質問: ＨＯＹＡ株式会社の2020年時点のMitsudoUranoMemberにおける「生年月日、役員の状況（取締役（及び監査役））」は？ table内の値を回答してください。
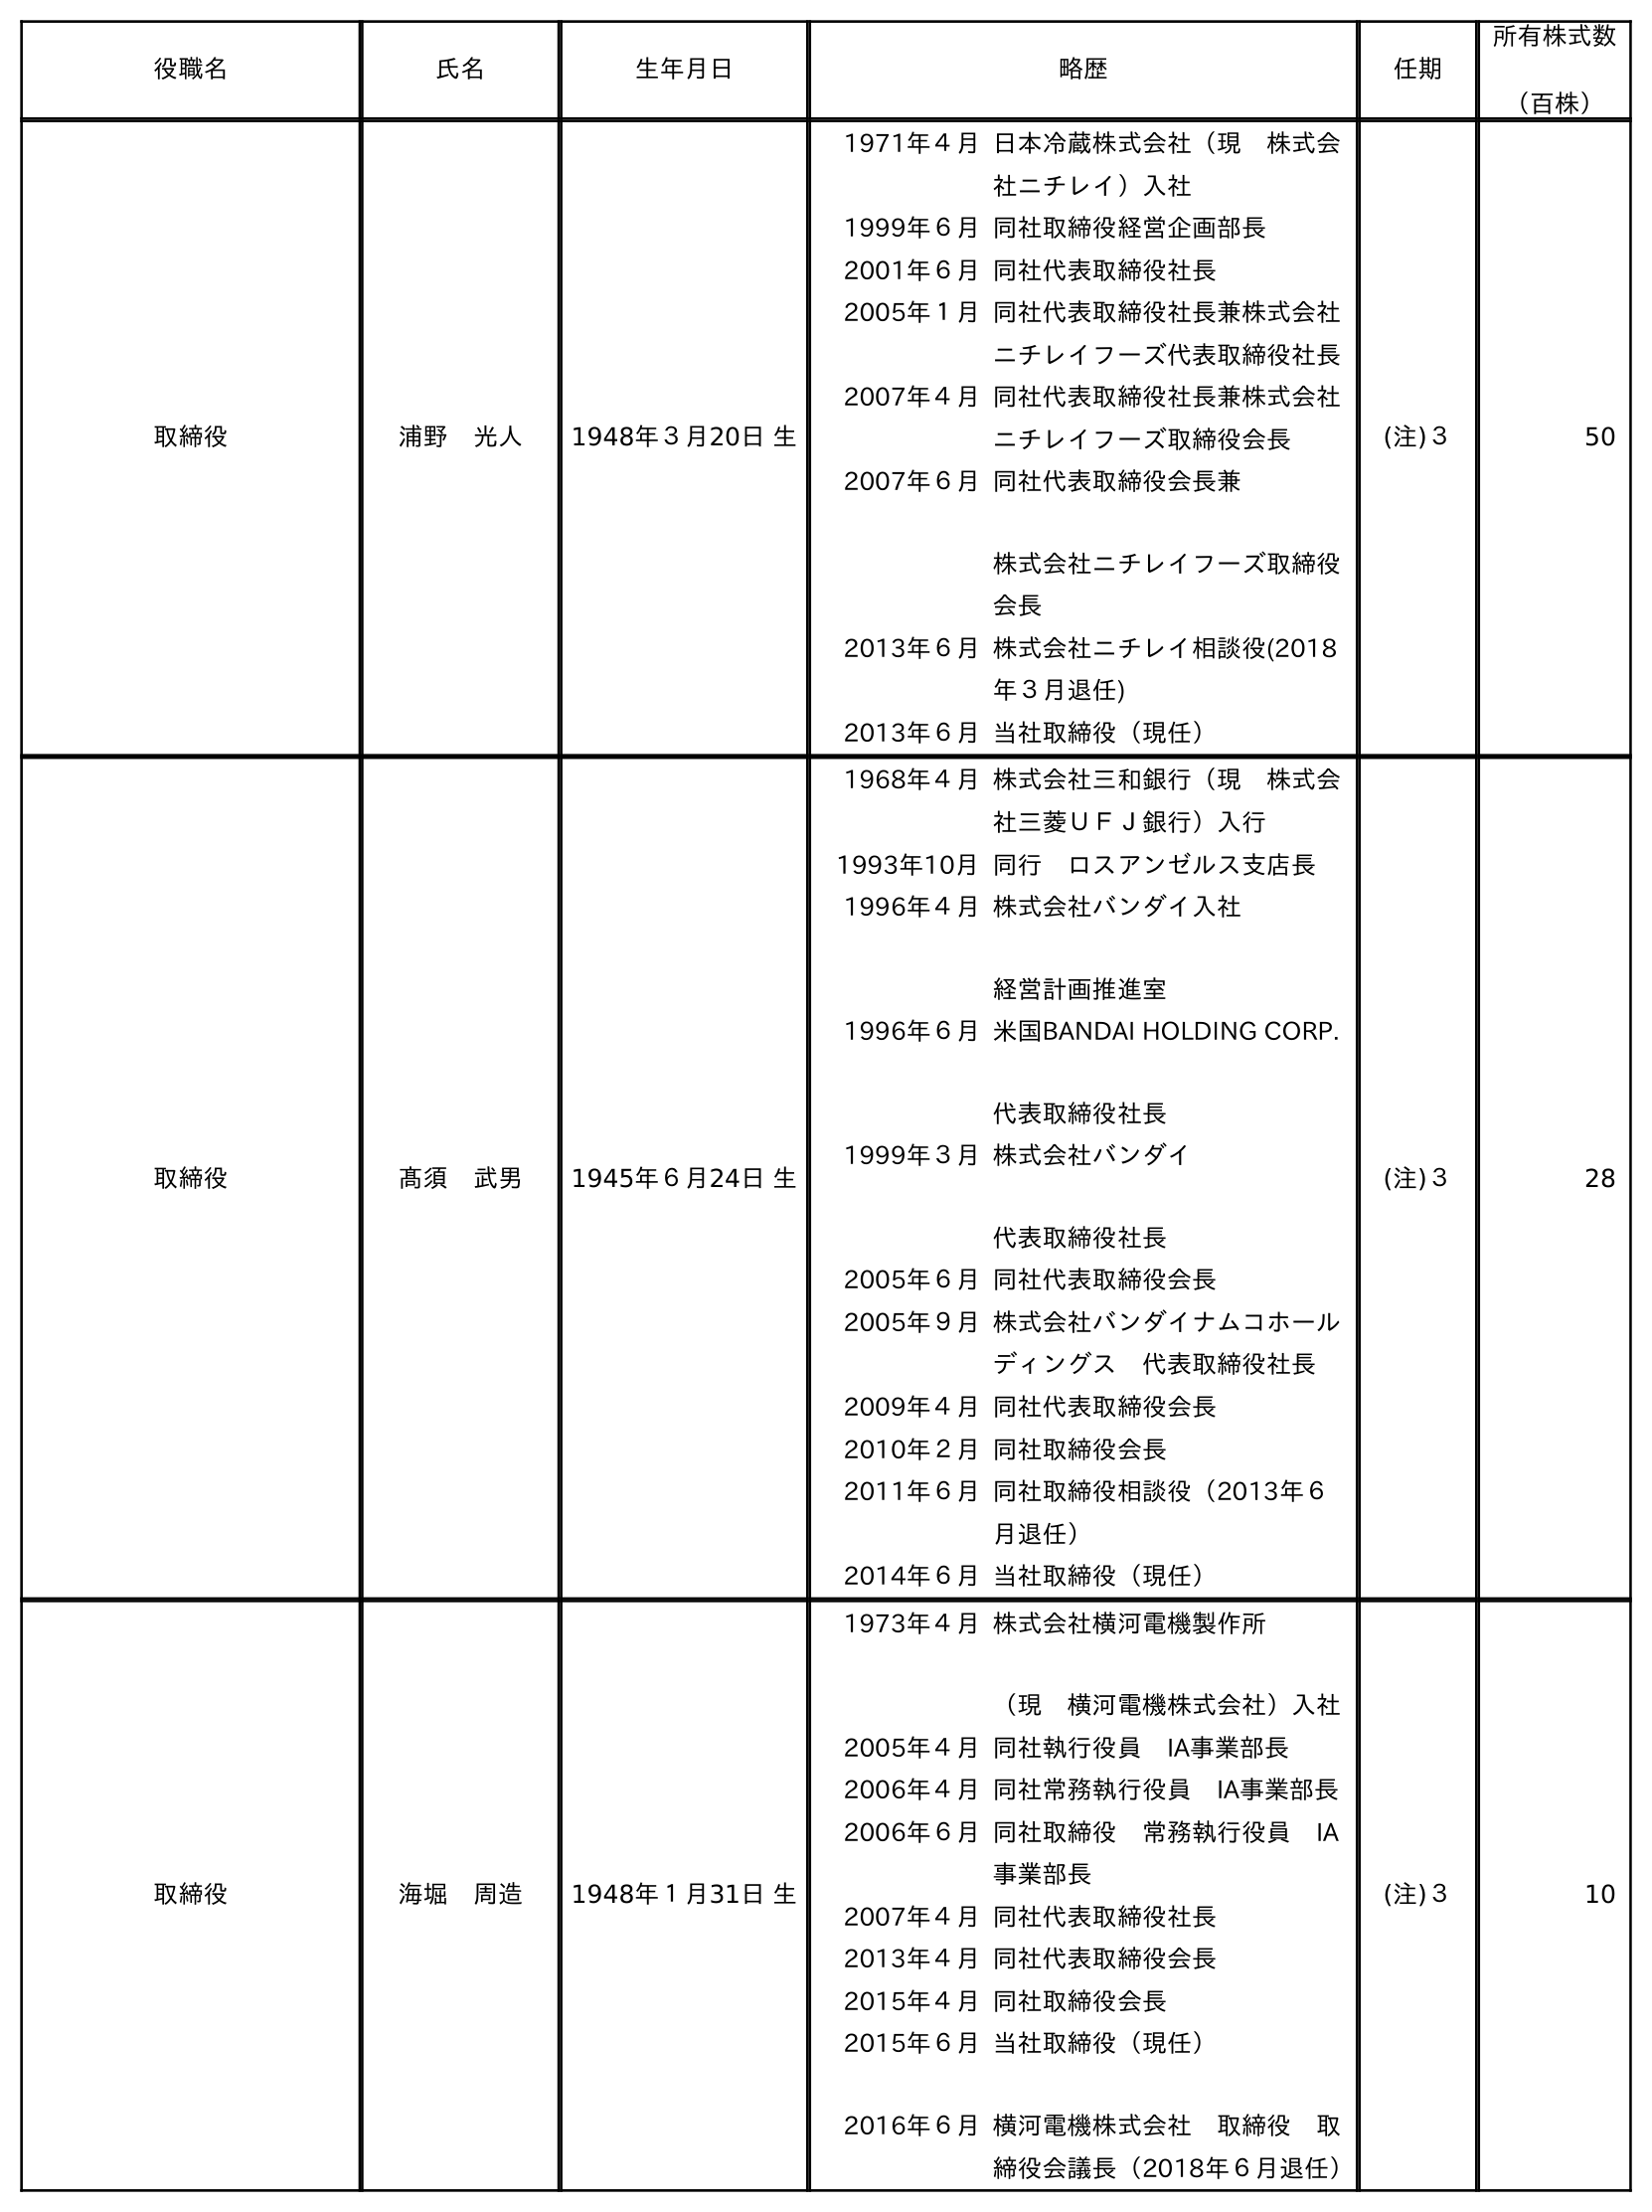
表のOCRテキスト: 役職名 氏名 生年月日 略歴 任期 所有株式数 （百株） 取締役 浦野 光人 1948年３月20日 生 1971年４月日本冷蔵株式会社（現 株式会 社ニチレイ）入社 1999年６月同社取締役経営企画部長 2001年６月同社代表取締役社長 2005年１月同社代表取締役社長兼株式会社 ニチレイフーズ代表取締役社長 2007年４月同社代表取締役社長兼株式会社 ニチレイフーズ取締役会長 2007年６月同社代表取締役会長兼 株式会社ニチレイフーズ取締役 会長 2013年６月株式会社ニチレイ相談役(2018 年３月退任) 2013年６月当社取締役（現任） (注)３ 50 取締役 髙須 武男 1945年６月24日 生 1968年４月株式会社三和銀行（現 株式会 社三菱ＵＦＪ銀行）入行 1993年10月同行 ロスアンゼルス支店長 1996年４月株式会社バンダイ入社 経営計画推進室 1996年６月米国BANDAI HOLDING CORP. 代表取締役社長 1999年３月株式会社バンダイ 代表取締役社長 2005年６月同社代表取締役会長 2005年９月株式会社バンダイナムコホール ディングス 代表取締役社長 2009年４月同社代表取締役会長 2010年２月同社取締役会長 2011年６月同社取締役相談役（2013年６ 月退任） 2014年６月当社取締役（現任） (注)３ 28 取締役 海堀 周造 1948年１月31日 生 1973年４月株式会社横河電機製作所 （現 横河電機株式会社）入社 2005年４月同社執行役員 IA事業部長 2006年４月同社常務執行役員 IA事業部長 2006年６月同社取締役 常務執行役員 IA 事業部長 2007年４月同社代表取締役社長 2013年４月同社代表取締役会長 2015年４月同社取締役会長 2015年６月 2016年６月 当社取締役（現任） 横河電機株式会社 取締役 取 締役会議長（2018年６月退任） (注)３ 10
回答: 1948年３月20日生